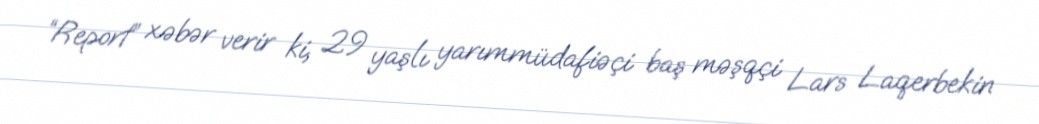
“Report” xəbər verir ki, 29 yaşlı yarımmüdafiəçi baş məşqçi Lars Laqerbekin